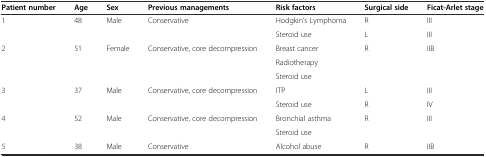
<table><thead><tr><td><b>Patient number</b></td><td><b>Age</b></td><td><b>Sex</b></td><td><b>Previous managements</b></td><td><b>Risk factors</b></td><td><b>Surgical side</b></td><td><b>Ficat-Arlet stage</b></td></tr></thead><tbody><tr><td>1</td><td>48</td><td>Male</td><td>Conservative</td><td>Hodgkin’s Lymphoma</td><td>R</td><td>III</td></tr><tr><td></td><td></td><td></td><td></td><td>Steroid use</td><td>L</td><td>III</td></tr><tr><td>2</td><td>51</td><td>Female</td><td>Conservative, core decompression</td><td>Breast cancer</td><td>R</td><td>IIB</td></tr><tr><td></td><td></td><td></td><td></td><td>Radiotherapy</td><td></td><td></td></tr><tr><td></td><td></td><td></td><td></td><td>Steroid use</td><td></td><td></td></tr><tr><td>3</td><td>37</td><td>Male</td><td>Conservative, core decompression</td><td>ITP</td><td>L</td><td>III</td></tr><tr><td></td><td></td><td></td><td></td><td>Steroid use</td><td>R</td><td>IV</td></tr><tr><td>4</td><td>52</td><td>Male</td><td>Conservative, core decompression</td><td>Bronchial asthma</td><td>R</td><td>III</td></tr><tr><td></td><td></td><td></td><td></td><td>Steroid use</td><td></td><td></td></tr><tr><td>5</td><td>38</td><td>Male</td><td>Conservative</td><td>Alcohol abuse</td><td>R</td><td>IIB</td></tr></tbody></table>